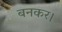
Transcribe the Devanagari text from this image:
बनकर।